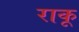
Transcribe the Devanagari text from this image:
राकू